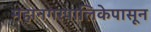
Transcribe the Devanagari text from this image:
महानगरपालिकेपासून